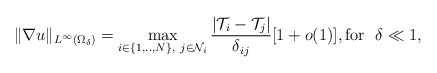
\begin{align*}\|\nabla u \|_{L^\infty(\Omega_\delta)}=\max_{i\in\{1,..,N\}, ~j\in \mathcal{N}_i}\frac{|\mathcal{T}_i-\mathcal{T}_j|}{\delta_{ij}}[1+o(1)], \mbox{for }~ \delta\ll 1,\end{align*}